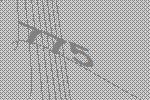
775